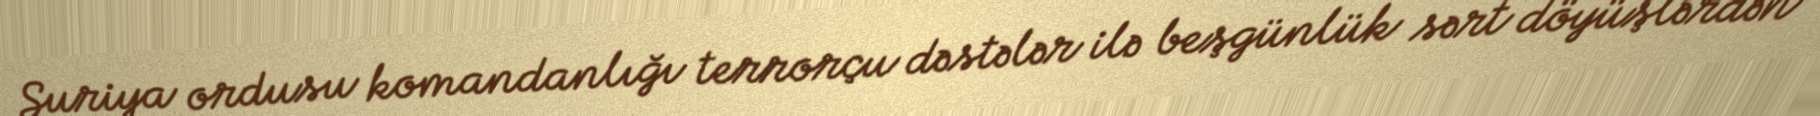
Suriya ordusu komandanlığı terrorçu dəstələr ilə beşgünlük sərt döyüşlərdən